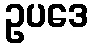
ဥပဒေ